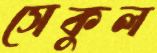
সেকুল